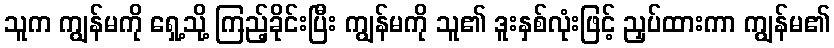
သူက ကျွန်မကို ရှေ့သို့ ကြည့်ခိုင်းပြီး ကျွန်မကို သူ၏ ဒူးနှစ်လုံးဖြင့် ညှပ်ထားကာ ကျွန်မ၏